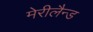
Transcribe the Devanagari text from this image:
मेरीलैन्ड